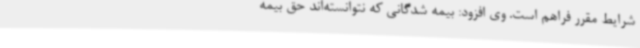
شرایط مقرر فراهم است. وی افزود: بیمه شدگانی که نتوانسته‌اند حق بیمه